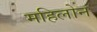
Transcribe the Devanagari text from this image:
महिलोन